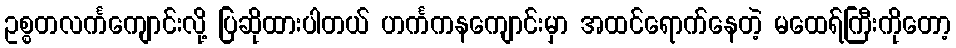
ဥစ္စတလင်္ကကျောင်းလို့ ပြဆိုထားပါတယ် ဟင်္ကကနကျောင်းမှာ အထင်ရောက်နေတဲ့ မထေရ်ကြီးကိုတော့